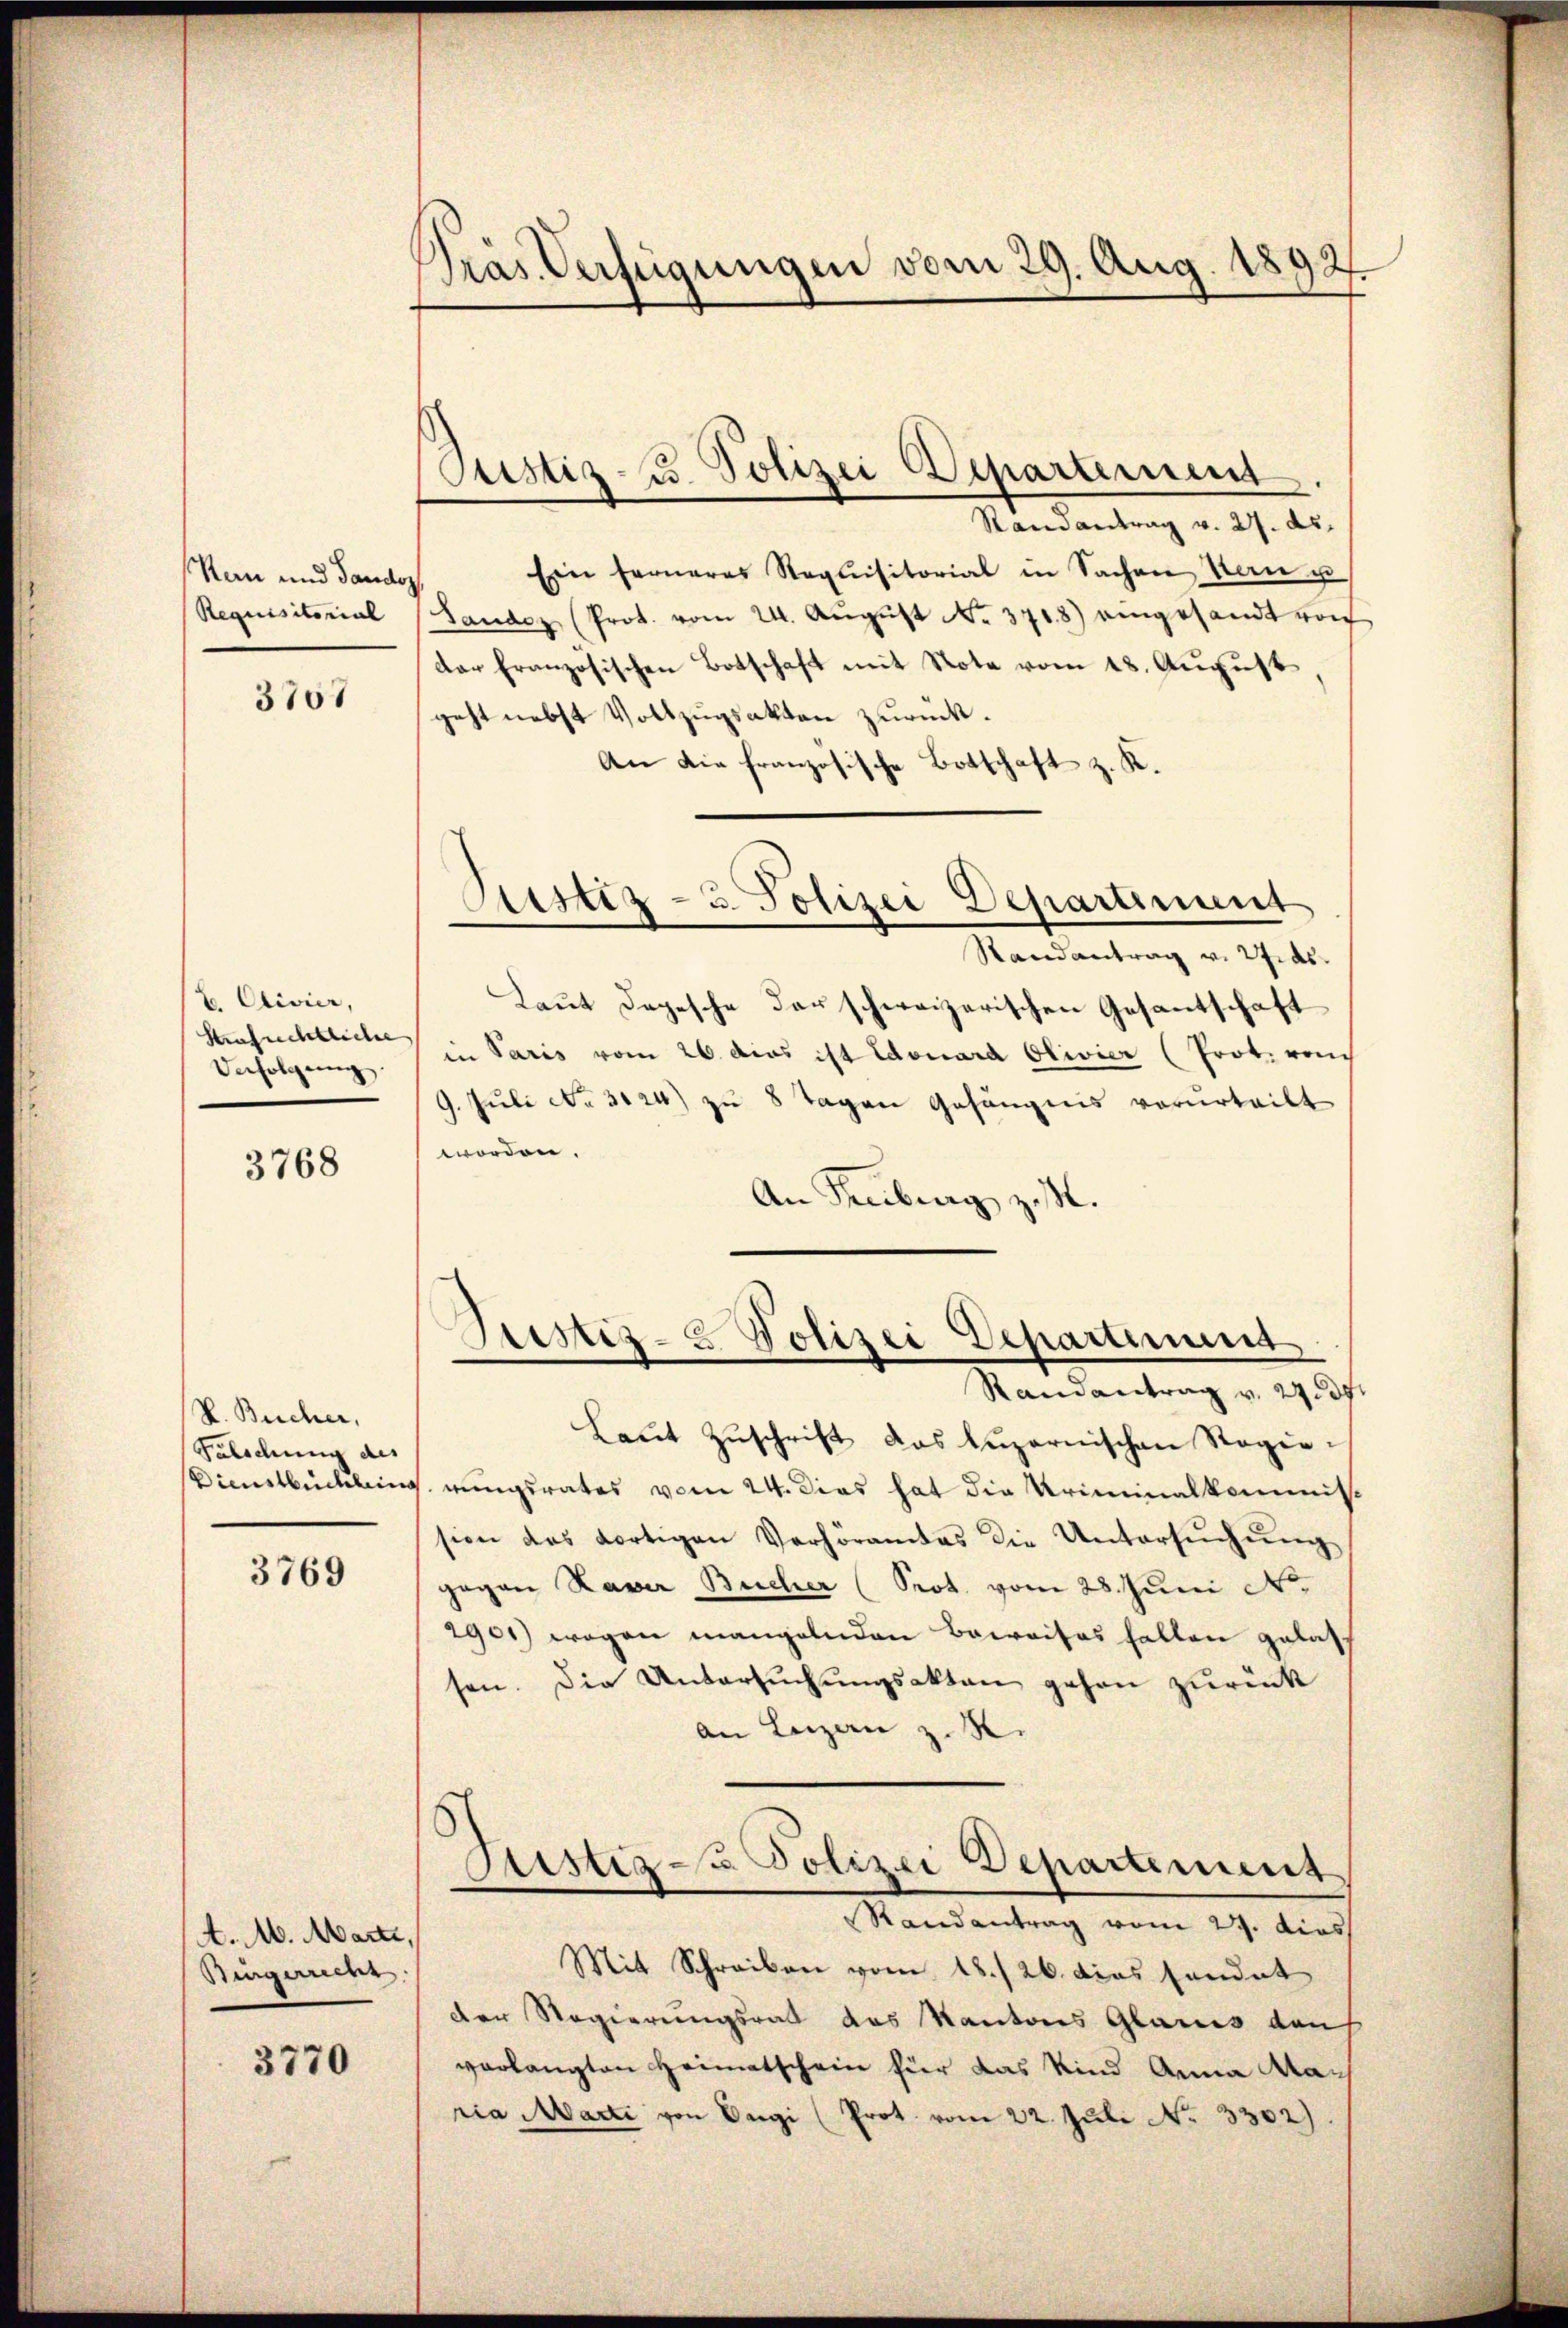
Ran und Tandoz,
Requisitorial

3707

E. Clivier,
Strafrechtlicher
Verfolgung.

3768

V. Bucher,
Palschung des
Dienstbüchlung

3769

A. M. Marti,
Bürgerrecht

3770

Präs. Verfügungen vom 29. Aug. 1892

Justiz- u. Polizei Departement

.
Randantrag v. 27. ds.
Ein ferneres Requisitorial in Sachen Man u
Sandoz (Prot. vom 24. Aŭgŭst No. 3718) eingesandt von
der französischen Botschaft mit Note vom 18. August
geht nebst Vollzugsakten zurück.
An die französische Botschaft z. K.
Laut Depesche der schweizerischen Gesantschaft
in Paris vom 26. dies ist Edouard Olivier (Prot. vom
9. Juli No 3124) zu 8 Tagen Gefängnis verurteilt.
worden.
An Freiburg zu.
Justiz- & Polizei Departement
Ramantrag v. 27 f.
Laut Zuschrift das luzernischen Regierungsrates vom 24. Dies hat die Kriminalkommis-
sion des dortigen Verhöramtes die Untersŭchŭng
gegen Laver Bucher (Prot. vom 28. Juni N
2901) wegen mangelnden Beweises halten gelass
sen. Die Untersuchungsakten gehen zurück
an Luzern z. R.
Justiz u. Polizei Departement
Randantrag vom 29. dies
Mit Schreiben vom 13./26. das sandat
Der Regierungsrat des Kantons Glanes auch
verlangten Heimatschein für das Kind Anna Mac
ria Marte von Ongi (Prot. vom 22. Juli No 3302)

Justiz- u. Polizei Departiment
Randantrag v. 27. ds.